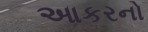
આકરનો